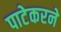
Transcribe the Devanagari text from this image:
पाटेकरने